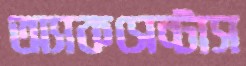
অ্যাকসেন্টাস